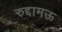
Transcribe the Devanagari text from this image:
रुद्दामऊ